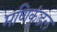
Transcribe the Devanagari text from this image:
मणिकुंडल